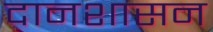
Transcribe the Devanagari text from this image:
दानशासन